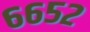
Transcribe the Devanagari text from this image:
६६५२